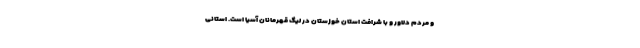
و مردم دلاور و با شرافت استان خوزستان در لیگ قهرمانان آسیا است. استانی